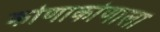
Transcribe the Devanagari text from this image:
कोणाकोणाला